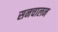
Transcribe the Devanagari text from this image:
सनचालन